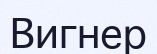
Вигнер